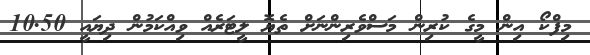
މިފްކޯ އިން މީގެ ކުރިން މަސްވެރިންނަށް ތެޔޮ ލީޓަރެއް ވިއްކަމުން ދިޔައީ 10.50